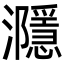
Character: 㶏